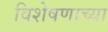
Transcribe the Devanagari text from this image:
विशेषणाच्या